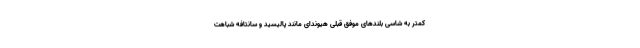
کمتر به شاسی بلندهای موفق قبلی هیوندای مانند پالیسید و سانتافه شباهت